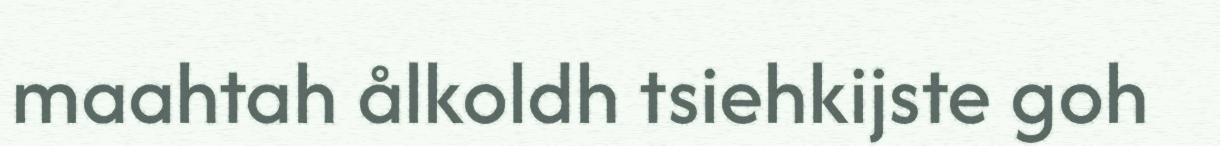
maahtah ålkoldh tsiehkijste goh